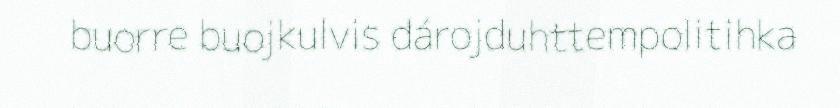
buorre buojkulvis dárojduhttempolitihka